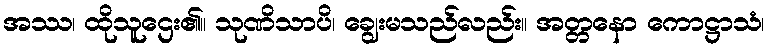
အဿ၊ ထိုသူဌေး၏။ သုဏိသာပိ၊ ချွေးမသည်လည်း။ အတ္တနော ကောဋ္ဌာသံ၊